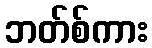
ဘတ်စ်ကား